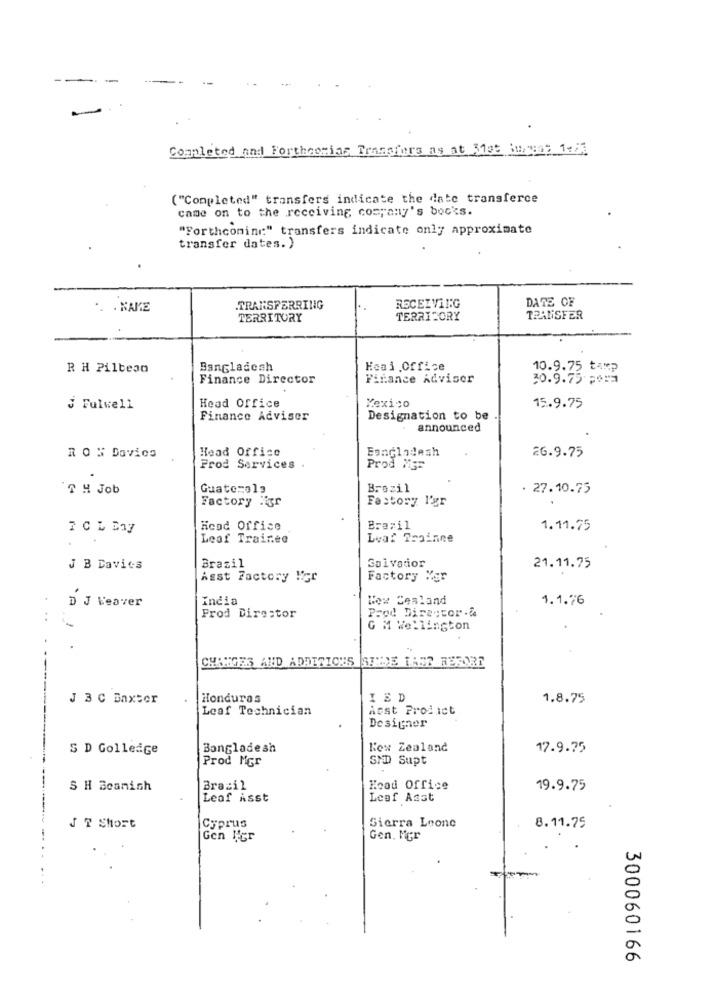
Completed and Forthcoming Transfers as at 31st buenas 1:/1
("Completed" transfers indicate the date transferce
came on to the receiving, company's bocks.
"Forthcoming" transfers indicate only approximate
transfer dates. )
DATE OF
.. . KAKE
TRANSFERRING
RECEIVING
TERRITORY
TERRITORY
TRANSFER
R H Pilteso
Bangladesh
Hoai Office
10.9.75 taxp
Finance Director
Finance Adviser
30.9.75 Por
C4.
Mexico
Fulwell
Head office
15.9.75
Finance Adviser
Designation to be
announced
Head Office
Bangladesh
26.9.75
RON Dovics
Frod Services
Prod Mgr
Guatemala
Brezil
. 27.10.75
Factory l'gr
Factory ligr
Head Office
Brazil
-
1.11.75
Leaf Trainee
Lvar Trainee
J B Davies
Brazil
Salvador
21.11.75
Asst Factory Mgr
Factory Ver
D J Weaver
India
Wow Cesland
1.1.76
Prod Director .&
Prod Director
G M Wellington
CHANGES AND ADDITIONS SIDE LASS MEFORE
J 3 C Baxter
Honduras
I ED
1.8.75
Leaf Technician
Most Product
Designer
-------
S D GolleaGe
Bangladesh
New Zealand
17.9.75
Prod Mor
SMD Supt
S H Bcanish
Brasil
Hood Office
19.9.75
Leaf Asst
Leaf Asst
J T Short
Cyprus
Sierra Leone
8.11.75
Gen Ner
Gen. Mer
300060166